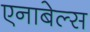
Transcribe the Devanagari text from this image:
एनाबेल्स